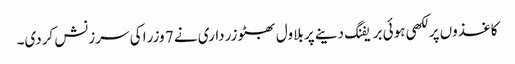
کاغذوں پر لکھی ہوئی بریفنگ دینے پر بلاول بھٹو زرداری نے 7 وزرا کی سرزنش کردی۔